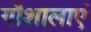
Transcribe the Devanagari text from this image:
गौशालाएं